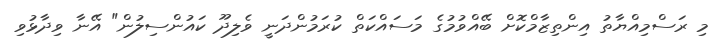
މި ރަސްމިއްޔާތު އިންތިޒާމްކޮށް ބޭއްވުމުގެ މަސައްކަތް ކުރަމުންދަނީ ވެލިދޫ ކައުންސިލުން" އޭނާ ވިދާޅުވި